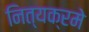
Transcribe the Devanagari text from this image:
नित्यक्रमे